Calcutta medical institutions reports 1871-78
Year: 1871
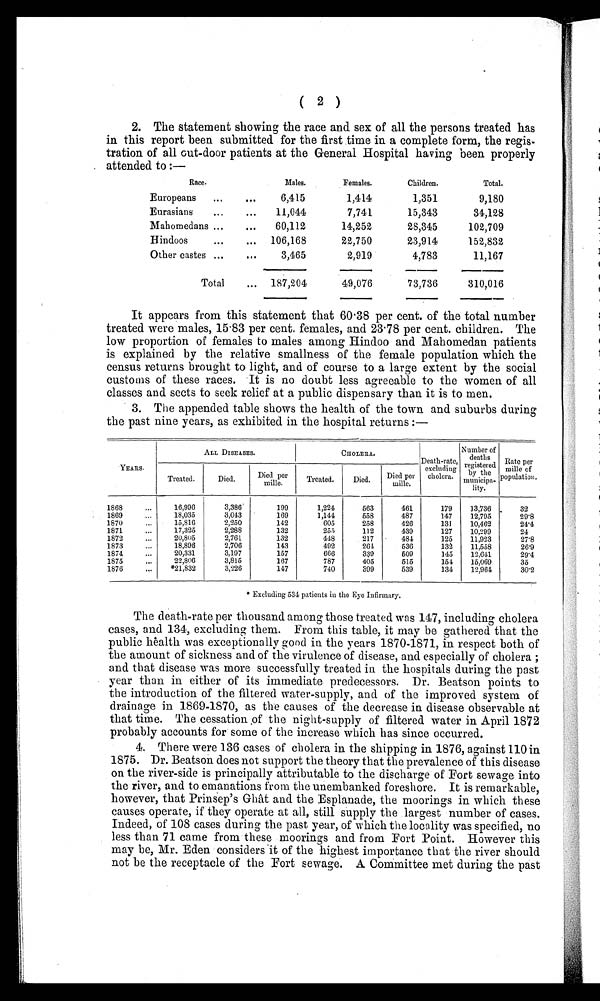
( 2 )
2. The statement showing the race and sex of all the persons treated has
in this report been submitted for the first time in a complete form, the regis
-tration of all out-door patients at the General Hospital having been properly
attended to:—
Race.
Males.
Females.
Children.
Total.
Europeans
...
...
6,415
1,414
1,351
9,180
Eurasians
...
...
11,044
7,741
15,343
34,128
Mahomedans ...
...
60,112
14,252
28,345
102,709
Hindoos
...
...
106,168
22,750
23,914
152,832
Other castes ...
...
3,465
2,919
4,783
11,167
Total
... 187,204
49,076
73,736
310,016
It appears from this statement that 60·38 per cent. of the total number
treated were males, 15·83 per cent, females, and 23·78 per cent. children. The
low proportion of females to males among Hindoo and Mahomedan patients
is explained by the relative smallness of the female population which the
census returns brought to light, and of course to a large extent by the social
customs of these races. It is no doubt less agreeable to the women of all
classes and sects to seek relief at a public dispensary than it is to men.
3. The appended table shows the health of the town and suburbs during
the past nine years, as exhibited in the hospital returns:—
ALL DISEASES.
CHOLERA..
Death-rate, excluding
cholera.
Number of
deaths
r e g i s t e r e d b y t h e m u n i c i p a - l i t y
Rate per
mille of
population.
YEARS.
Treated.
Died.
Died per
mille.
Treated.
Died.
Died per
mille.
1868
. . .
16,996
3,386
199
1,224
563
461
179
13,736
32
1869
. . .
18,035
3,043
169
1,144
558
487
147
12,795
29·8
1870
. . .
15,816
2,250
142
605
258
426
131
10,462
24·4
1871
. . .
17,325
2,288
132
255
112
439
127
10,299
24
1872
. . .
20,805
2,761
132
448
217
484
125
11,923
27·8
1873
...
18,896
2,706
143
492
264
536
132
11,558
26·9
1874
. . .
20,331
3,197
157
666
339
509
145
12,641
29·4
1875
...
22,806
3,815
167
787
405
515
154
15,069
35
1876
...
*21,832
3,226
147
740
399
539
134
12,964
30·2
* Excluding 534 patients in the Eye Infirmary.
The death-rate per thousand among those treated was 147, including cholera
cases, and 134, excluding them. From this table, it may be gathered that the
public health was exceptionally good in the years 1870-1871, in respect both of
the amount of sickness and of the virulence of disease, and especially of cholera;
and that disease was more successfully treated in the hospitals during the past
year than in either of its immediate predecessors. Dr. Beatson points to
the introduction of the filtered water-supply, and of the improved system of
drainage in 1869-1870, as the causes of the decrease in disease observable at
that time. The cessation of the night-supply of filtered water in April 1872
probably accounts for some of the increase which has since occurred.
4. There were 136 cases of cholera in the shipping in 1876, against 110 in
1875. Dr. Beatson does not support the theory that the prevalence of this disease
on the river-side is principally attributable to the discharge of Fort sewage into
the river, and to emanations from the unembanked foreshore. It is remarkable,
however, that Prinsep's Ghât and the Esplanade, the moorings in which these
causes operate, if they operate at all, still supply the largest number of cases.
Indeed, of 108 cases during the past year, of which the locality was specified, no
less than 71 came from these moorings and from Fort Point. However this
may be, Mr. Eden considers it of the highest importance that the river should
not be the receptacle of the Fort sewage. A Committee met during the past